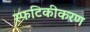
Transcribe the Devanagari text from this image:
स्फटिकीकरण